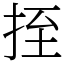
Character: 挃